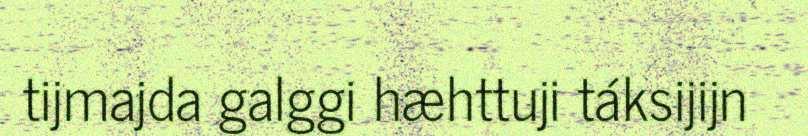
tijmajda galggi hæhttuji táksijijn